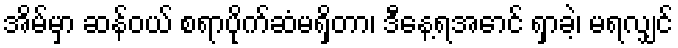
အိမ်မှာ ဆန်ဝယ် စရာပိုက်ဆံမရှိတာ၊ ဒီနေ့ရအောင် ရှာခဲ့၊ မရလျှင်